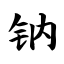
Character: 钠